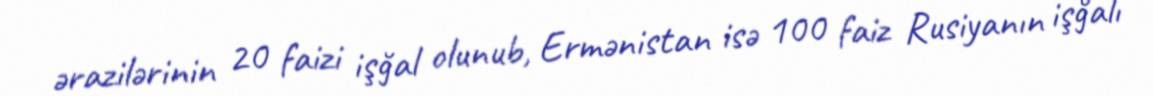
ərazilərinin 20 faizi işğal olunub, Ermənistan isə 100 faiz Rusiyanın işğalı